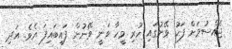
ޖެއްސުމަށް ފަހު ވޭނުގައި ހުރި މީހާ ވަނީ ވޭނުން ފައިބައިފަ އެވެ. އަދި